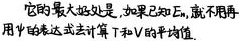
它的最大好处是，如果已知$E$，就不用再